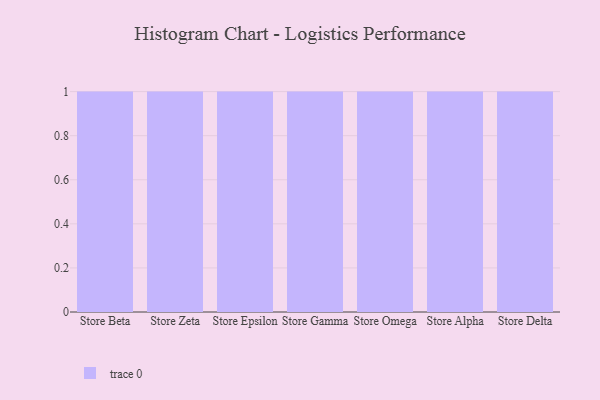
{"axis": {"x": "Store", "y": "Satisfaction Score"}, "legend": [""], "data": [{"x": "Store Beta", "y": 25, "type": ""}, {"x": "Store Zeta", "y": 90, "type": ""}, {"x": "Store Epsilon", "y": 93, "type": ""}, {"x": "Store Gamma", "y": 25, "type": ""}, {"x": "Store Omega", "y": 38, "type": ""}, {"x": "Store Alpha", "y": 47, "type": ""}, {"x": "Store Delta", "y": 22, "type": ""}]}